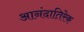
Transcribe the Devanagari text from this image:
आनंदातिरेक